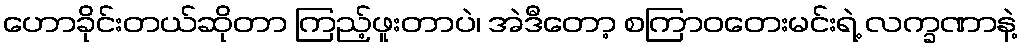
ဟောခိုင်းတယ်ဆိုတာ ကြည့်ဖူးတာပဲ၊ အဲဒီတော့ စကြာဝတေးမင်းရဲ့ လက္ခဏာနဲ့